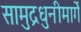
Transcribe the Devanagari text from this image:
सामुद्रधुनीमार्गे